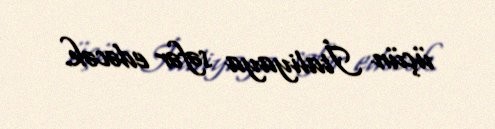
üçün İtaliyaya səfər edəcək.